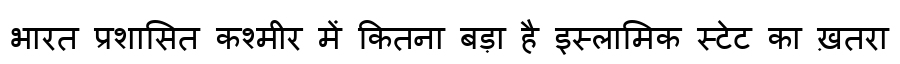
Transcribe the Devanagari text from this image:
भारत प्रशासित कश्मीर में कितना बड़ा है इस्लामिक स्टेट का ख़तरा